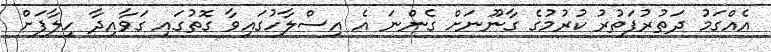
އެއްގަމު ދަތުރުފަތުރު ކުރުމުގެ ގާނޫނަށް ގެންނަ އެ އިސްލާހުގައިވާ ގޮތުގައި ގަވާއިދާ ހިލާފަށް